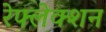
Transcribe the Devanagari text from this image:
रेफ्लेक्शन